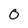
Character: 0